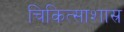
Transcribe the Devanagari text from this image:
चिकित्साशास्र